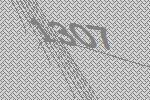
1307